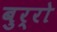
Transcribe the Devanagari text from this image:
बुर्रो